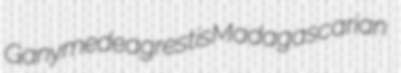
Ganymede agrestis Madagascarian